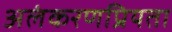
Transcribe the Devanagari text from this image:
अलंकरणप्रियता